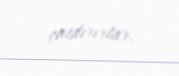
çatdırırlar.